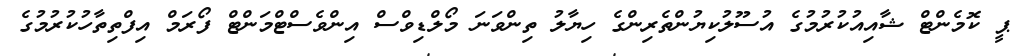
ޕީ ކޮމެންޓް ޝާއިއުކުރުމުގެ އުސޫލުކިޔުންތެރިންގެ ހިޔާލު ތިންވަނަ މޯލްޑިވްސް އިންވެސްޓްމަންޓް ފޯރަމް އިފްތިތާހުކުރުމުގެ